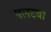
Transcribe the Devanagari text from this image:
पलटवा